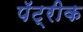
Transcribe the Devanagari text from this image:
पॅट्रीक